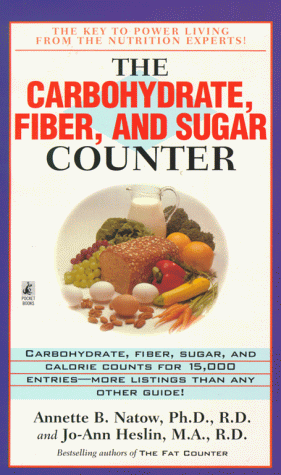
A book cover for The Carbohydrate, Fiber, and Sugar Counter; Annette B. Natow; Health, Fitness & Dieting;